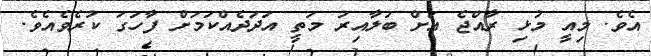
އެވެ. މިއީ މުޅި ރާއްޖެ އަށް ބަލާއިރު މަތީ އަދަދެއްކަމަށް ފާހަގަ ކުރެވެއެވެ.